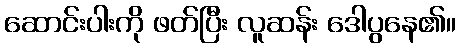
ဆောင်းပါးကို ဖတ်ပြီး လူဆန်း ဒေါပွနေ၏။